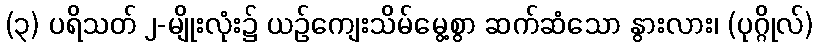
(၃) ပရိသတ် ၂-မျိုးလုံး၌ ယဉ်ကျေးသိမ်မွေ့စွာ ဆက်ဆံသော နွားလား၊ (ပုဂ္ဂိုလ်)